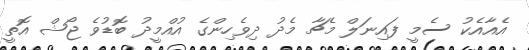
އެއާއެކު ސެމީ ފައިނަލް މެޗާ މެދު ދިވެހިންގެ އުއްމީދު ބޮޑުވެ ޖޯޝް އޮތީ